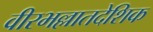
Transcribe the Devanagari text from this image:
वीरभल्लातदेशिक